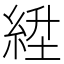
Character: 𬗛